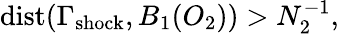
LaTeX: \mathrm{dist}(\Gamma_{\mathrm{shock}},B_{1}(O_{2}))>N_{2}^{-1},